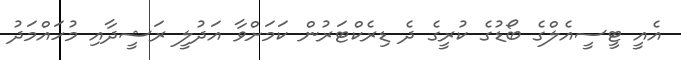
އެއީ ޓީސީއެލްގެ ބޯޑުގެ ކުރީގެ ދެ ޑިރެކްޓަރުން ކަމަށްވާ އަދުލީ ރަޝީދާއި މުހައްމަދު